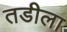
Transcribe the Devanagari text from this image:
तडीला